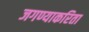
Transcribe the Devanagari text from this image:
जगण्याकरिता